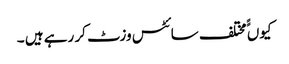
کیوں ًًمختلف سائٹس وزٹ کر رہے ہیں ۔